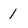
Character: 1